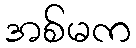
အစ်မက